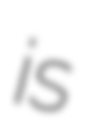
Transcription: is